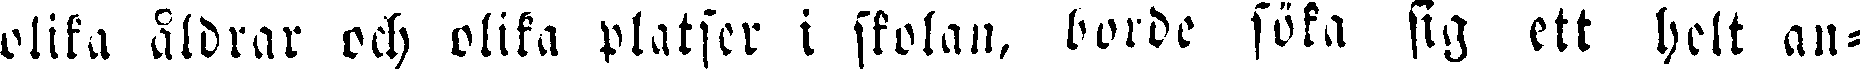
olika åldrar och olika platser i skolan, borde söka sig ett helt an-